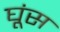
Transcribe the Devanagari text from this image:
घूंस